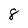
Character: 8